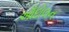
આઁદોલન